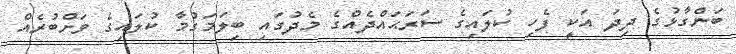
ބަންގާޅުގެ ދިދަ އަކީ ފެހި ކުލައިގެ ސަރަޙައްދެއްގެ މެދުގައި ބިލަމަގުމާ ކުލައިގެ ވަށްބުރެއް